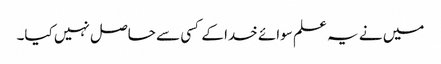
میں نے یہ علم سوائے خدا کے کسی سے حاصل نہیں کیا۔